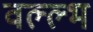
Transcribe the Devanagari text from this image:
वल्ल्भ